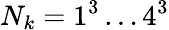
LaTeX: N_{k}=1^{3}\dots 4^{3}